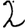
Digit: 2